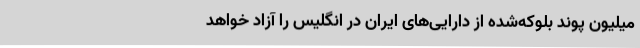
میلیون پوند بلوکه‌شده از دارایی‌های ایران در انگلیس را آزاد خواهد